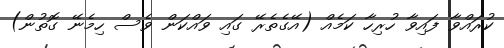
ކުރައްވާ ފައިވާ ހުރިހާ ކަމެއް (އޭގެތެރޭ ގައިި ވައްކަން ވެސް ހިމެނޭ ގޮތުން)